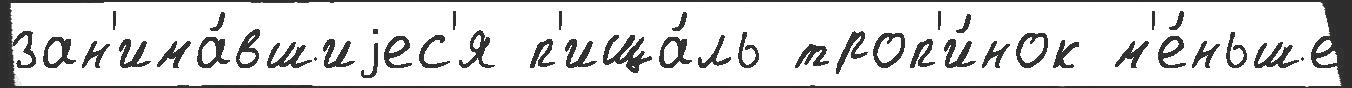
зан'има́вшиjес'я п'ища́ль троп'и́нок м'е́ньше